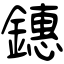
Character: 鏸